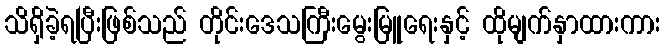
သိရှိခဲ့ရပြီးဖြစ်သည် တိုင်းဒေသကြီးမွေးမြူရေးနှင့် ထိုမျက်နှာထားကား